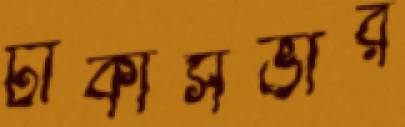
ঢাকাসভার